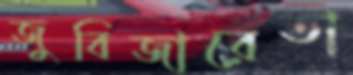
জুবিজারেতা